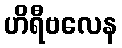
ဟိရီဗလေန